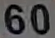
60